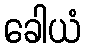
ခေါယံ